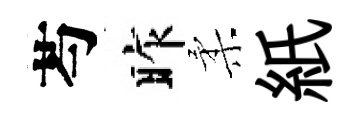
芍昨柔紙